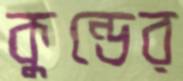
কুন্ডের